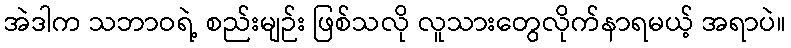
အဲဒါက သဘာဝရဲ့ စည်းမျဉ်း ဖြစ်သလို လူသားတွေလိုက်နာရမယ့် အရာပဲ။